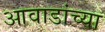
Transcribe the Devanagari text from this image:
आवाडांच्या